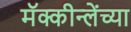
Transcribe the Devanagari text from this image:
मॅक्कीन्लेंच्या